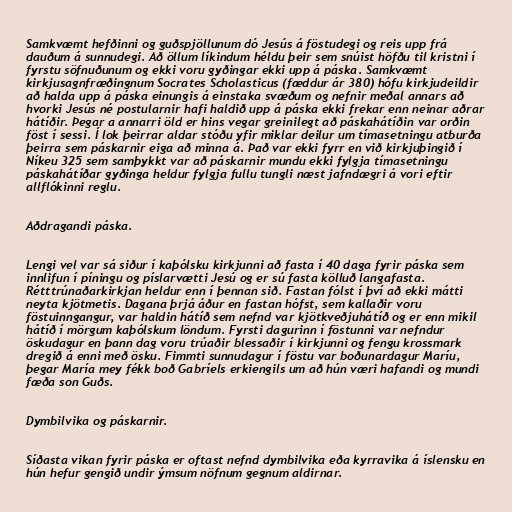
Samkvæmt hefðinni og guðspjöllunum dó Jesús á föstudegi og reis upp frá
dauðum á sunnudegi. Að öllum líkindum héldu þeir sem snúist höfðu til kristni í
fyrstu söfnuðunum og ekki voru gyðingar ekki upp á páska. Samkvæmt
kirkjusagnfræðingnum Socrates Scholasticus (fæddur ár 380) hófu kirkjudeildir
að halda upp á páska einungis á einstaka svæðum og nefnir meðal annars að
hvorki Jesús né postularnir hafi haldið upp á páska ekki frekar enn neinar aðrar
hátíðir. Þegar a annarri öld er hins vegar greinilegt að páskahátíðin var orðin
föst í sessi. Í lok þeirrar aldar stóðu yfir miklar deilur um tímasetningu atburða
þeirra sem páskarnir eiga að minna á. Það var ekki fyrr en við kirkjuþingið í
Níkeu 325 sem samþykkt var að páskarnir mundu ekki fylgja tímasetningu
páskahátíðar gyðinga heldur fylgja fullu tungli næst jafndægri á vori eftir
allflókinni reglu.

Aðdragandi páska.

Lengi vel var sá siður í kaþólsku kirkjunni að fasta í 40 daga fyrir páska sem
innlifun í píningu og píslarvætti Jesú og er sú fasta kölluð langafasta.
Rétttrúnaðarkirkjan heldur enn í þennan sið. Fastan fólst í því að ekki mátti
neyta kjötmetis. Dagana þrjá áður en fastan hófst, sem kallaðir voru
föstuinngangur, var haldin hátíð sem nefnd var kjötkveðjuhátíð og er enn mikil
hátíð í mörgum kaþólskum löndum. Fyrsti dagurinn í föstunni var nefndur
öskudagur en þann dag voru trúaðir blessaðir í kirkjunni og fengu krossmark
dregið á enni með ösku. Fimmti sunnudagur í föstu var boðunardagur Maríu,
þegar María mey fékk boð Gabríels erkiengils um að hún væri hafandi og mundi
fæða son Guðs.

Dymbilvika og páskarnir.

Síðasta vikan fyrir páska er oftast nefnd dymbilvika eða kyrravika á íslensku en
hún hefur gengið undir ýmsum nöfnum gegnum aldirnar.